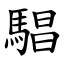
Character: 䮖